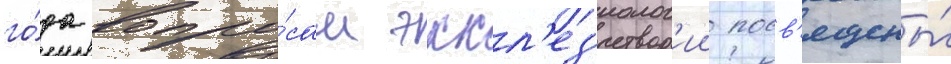
го́да вопро́сам эккл'ез'иолог'ии посв'ящены́